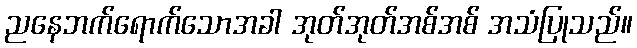
ညနေဘက်ရောက်သောအခါ အုတ်အုတ်အစ်အစ် အသံပြုသည်။